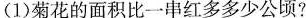
(1)菊花的面积比一串红多多少公顷?